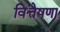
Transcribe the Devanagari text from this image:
वित्तैषणा